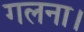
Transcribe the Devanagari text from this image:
गलना।